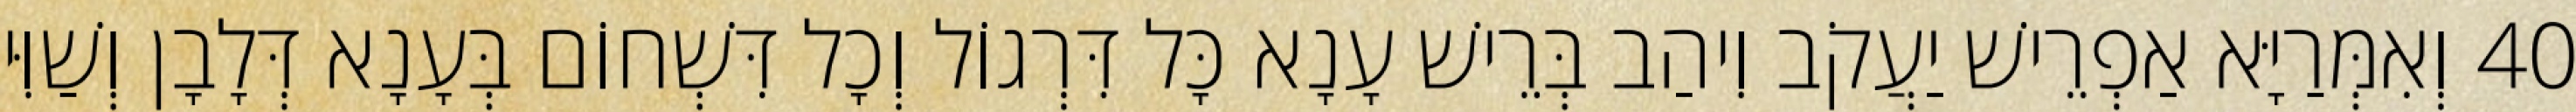
40 וְאִמְּרַיָּא אַפְרֵישׁ יַעֲקֹב וִיהַב בְּרֵישׁ עָנָא כָּל דִּרְגוֹל וְכָל דִּשְׁחוֹם בְּעָנָא דְּלָבָן וְשַׁוִּי